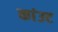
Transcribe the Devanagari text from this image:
कांउट